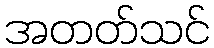
အတတ်သင်